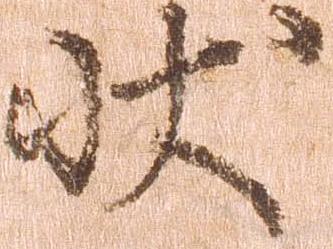
状